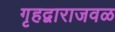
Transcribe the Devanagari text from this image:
गृहद्वाराजवळ